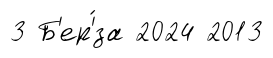
3 Б'ер'́за 2024 2013